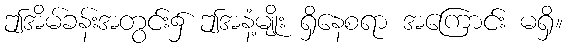
ဤအိမ်ခန်းအတွင်း၌ ဤအနံ့မျိုး ရှိနေစရာ အကြောင်း မရှိ။